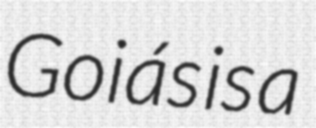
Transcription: Goiás is a